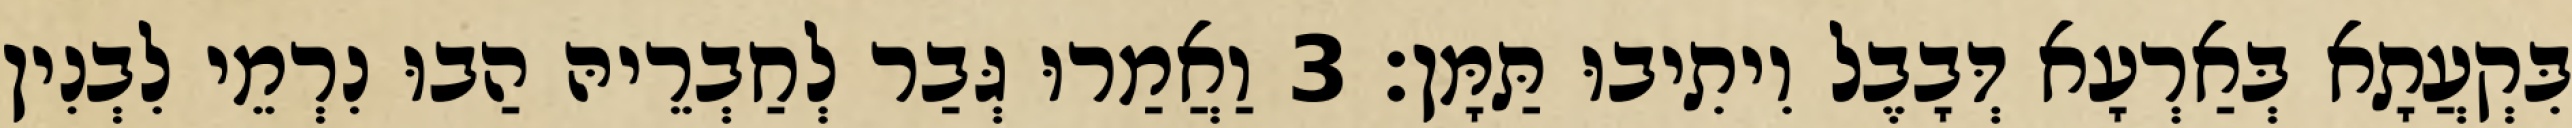
בִּקְעֲתָא בְּאַרְעָא דְּבָבֶל וִיתִיבוּ תַּמָּן׃ 3 וַאֲמַרוּ גְּבַר לְחַבְרֵיהּ הַבוּ נִרְמֵי לִבְנִין